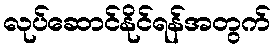
လုပ်ဆောင်နိုင်ရန်အတွက်